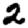
Digit: 2